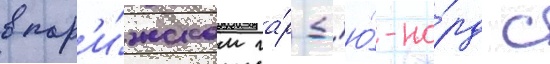
в пар'и́жском га́р-д'ю́-но́рд с